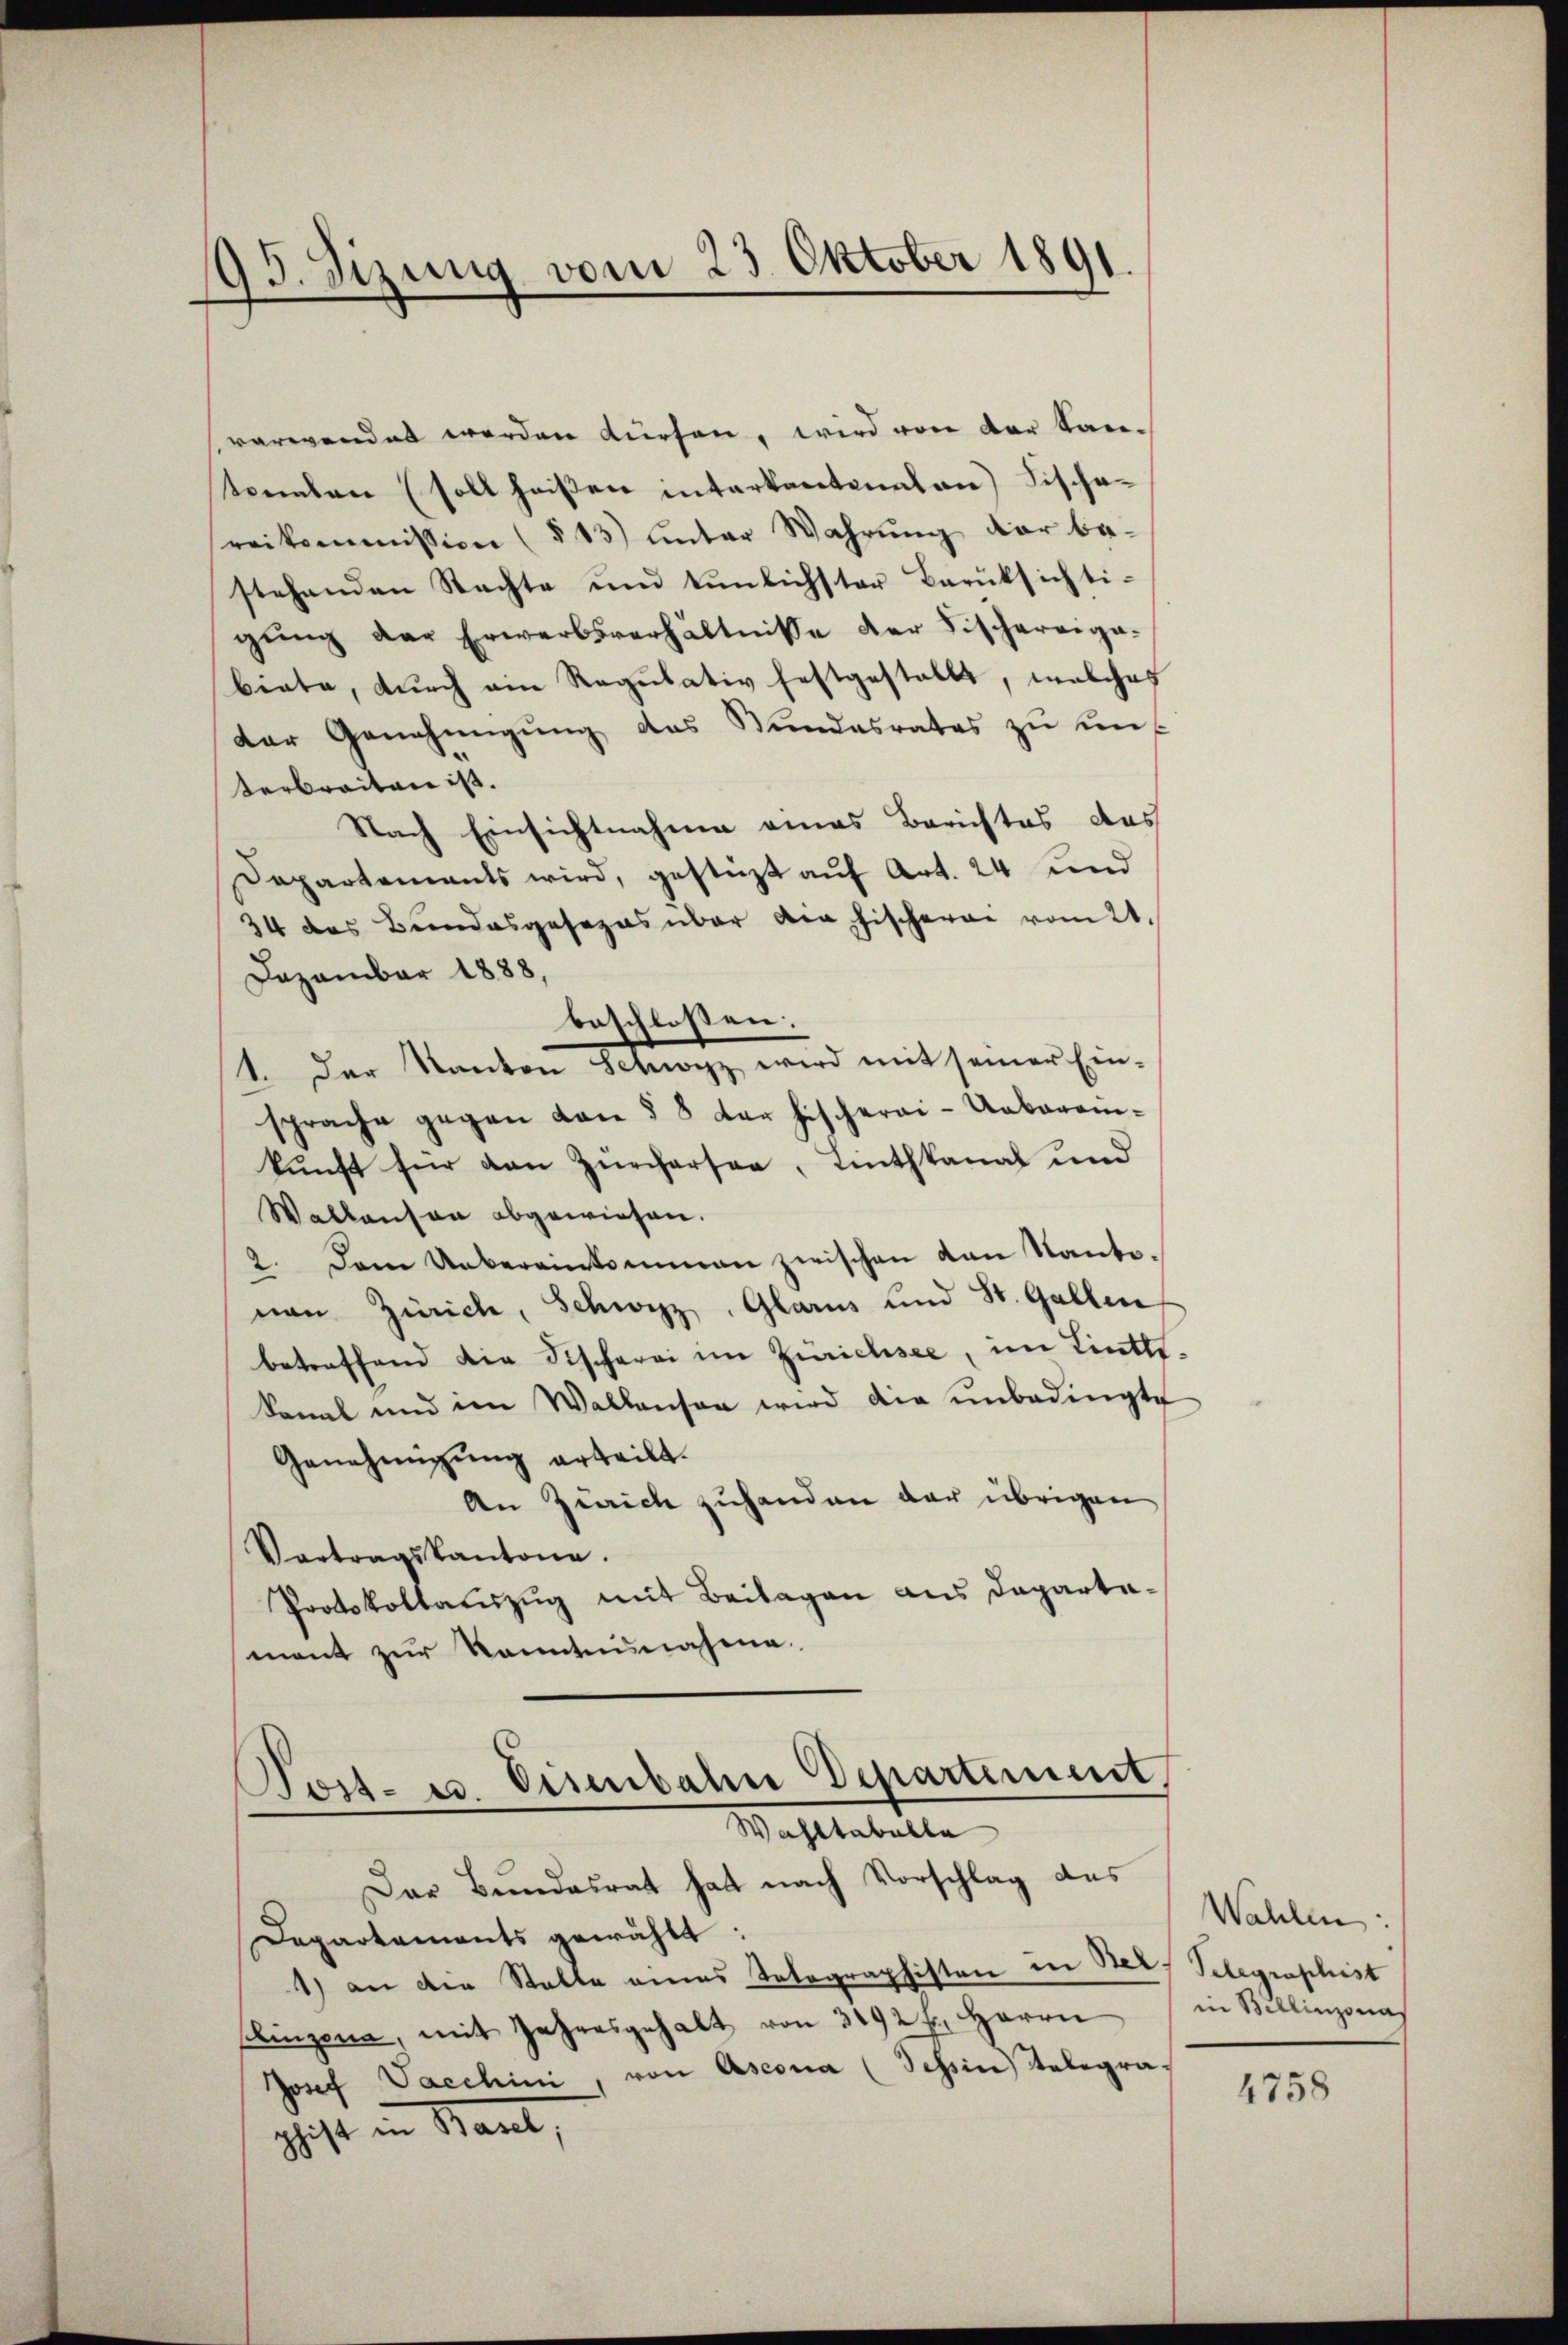
93. Sizung vom 23. Oktober 1891.

verwendet werden dürfen, wird von der Kanterben (soll heißen interkantonalan) Fischereikommission (§ 13) unter Wahrŭng der be-
stehenden Stachte und tŭnlichster Berüksichti-
gŭng der Erwerbsverhältnisse der Fischereige-
biete, durch ein Regulativ festgestallt, welches
der Genehmigung des Stundesrates zu un¬
Verbreiten ist.
Nach Einsichtnahme eines Berichtes das
Departaments wird, gestüzt aŭf Art. 24 und
34 das Bundesgesezes über die Fischerei vom 2t.
Dezember 1888,
beschlossen:
1. Der Kanton Schwyz, wird mit seiner Einsprache gegen von § 8 der Fischerei-Uebereinkunft für den Zürchersee, Linthkanal und
Walkanson abgewiesen.
2. Dem Uebereinkommen zwischen von Nantevon Zürich, Schwyz, Glarus und St. Gallen
betreffend die Fischerei im Zürichsee, im Linth-
kannt und im Wallenso wird die unbedingte
Genehmigung erteilt.
An Zürich zuhanden der übrigen
Vertragskantone.
Protokollauszug mit Beilagen aus Departamant zur Kenntnisnahme.
Post- u. Einbahn Departiment,

Wahltabelle

Dar Bundesrat hat nach Vorschlag des
Departements gewählt:
1) an der Statte eines Tolographisten in Bern Telegraphist
Elingen, mit Jahresgehalt von 3292 f., Herrn
Josef Vacchini, von Ascona (Tessin Telegra-
shist in Kant,

Wahlen:
in Billinzonas

4758